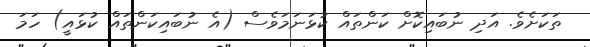
ތަކަށެވެ. އަދި ނުބައިކޮށް ކަންތައް ކުޅަނަމަވެސް (އެ ނުބައިކަންތައް ކުޅައީ) ހަމަ